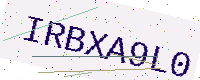
Text: IRBXA9L0